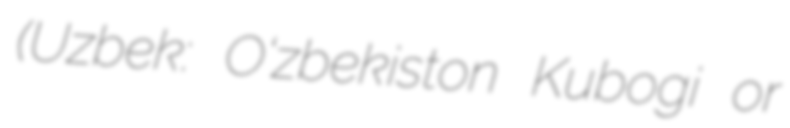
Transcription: (Uzbek: O‘zbekiston Kubogi or